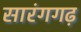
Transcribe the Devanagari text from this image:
सारंगगढ़